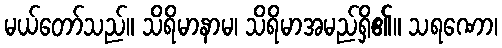
မယ်တော်သည်။ သိရိမာနာမ၊ သိရိမာအမည်ရှိ၏။ သရဏော၊